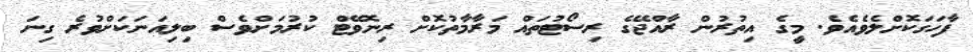
ފާހަގަކޮށްލެވެއެވެ. މީގެ އިތުރުން ރާއްޖޭގެ ރިސޯޓުތައް މަރާމާތުކޮށް ރިނޮވޭޓް ކުރުމަށްވެސް ބިލިއަނަކަށްވުރެ ގިނަ